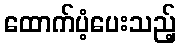
ထောက်ပံ့ပေးသည့်